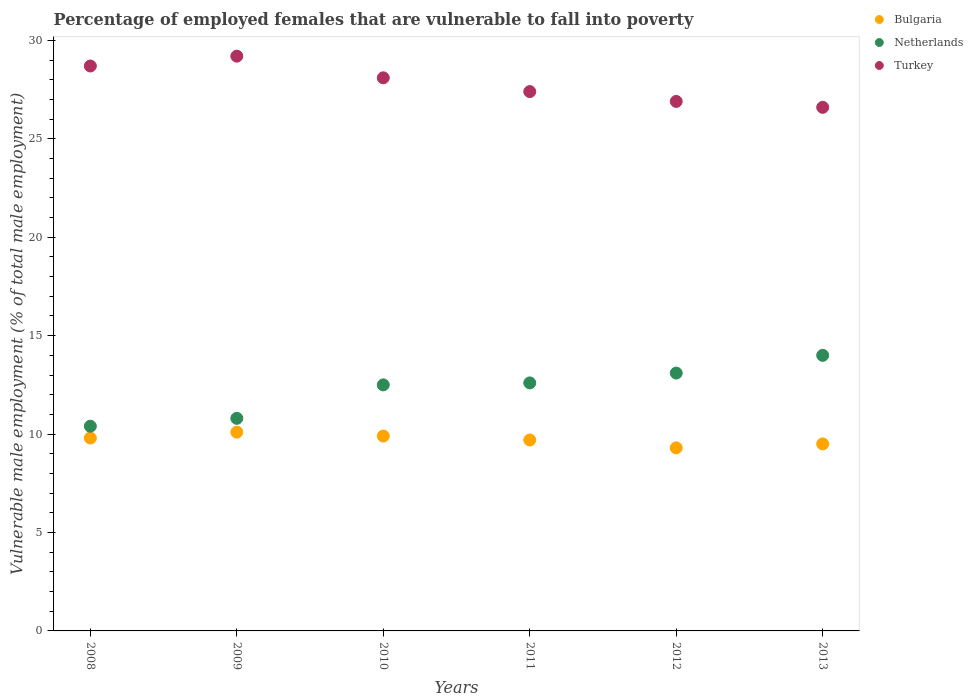
| Years | Bulgaria | Netherlands | Turkey |
 | --- | --- | --- | --- |
 | 2008 | 9.8 | 10.4 | 28.7 |
 | 2009 | 10.1 | 10.8 | 29.2 |
 | 2010 | 9.9 | 12.5 | 28.1 |
 | 2011 | 9.7 | 12.6 | 27.4 |
 | 2012 | 9.3 | 13.1 | 26.9 |
 | 2013 | 9.5 | 14 | 26.6 |